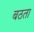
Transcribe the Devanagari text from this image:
बठता